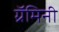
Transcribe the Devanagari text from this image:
ग्रॅमिनी